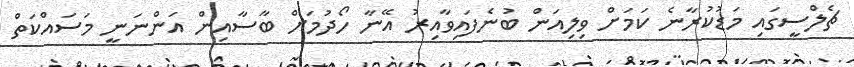
ޗެލްސީގައި މަޑުކުރާނެ ކަމަށް ވިލިއަން ބުނެފައިވާއިރު އޭނާ ހޯދުމަށް ބާސާއިން އަންނަނީ މަސައްކަތް